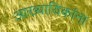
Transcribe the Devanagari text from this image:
आख्यायिकांना